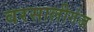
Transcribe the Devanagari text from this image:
वरसालीगंज